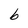
Character: b